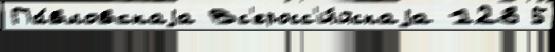
Па́вловскаjа Вс'еросс'и́йскаjа 128 5